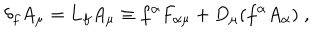
LaTeX: \delta _ { f } A _ { \mu } = { \bf L } _ { f } A _ { \mu } \equiv f ^ { \alpha } F _ { \alpha \mu } + D _ { \mu } ( f ^ { \alpha } A _ { \alpha } ) \; ,